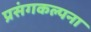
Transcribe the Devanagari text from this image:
प्रसंगकल्पना